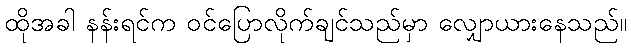
ထိုအခါ နန်းရင်က ဝင်ပြောလိုက်ချင်သည်မှာ လျှောယားနေသည်။